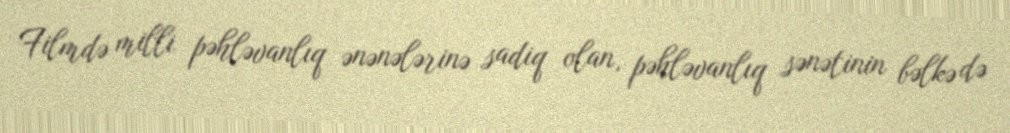
Filmdə milli pəhləvanlıq ənənələrinə sadiq olan, pəhləvanlıq sənətinin bəlkə də